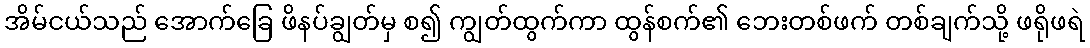
အိမ်ငယ်သည် အောက်ခြေ ဖိနပ်ချွတ်မှ စ၍ ကျွတ်ထွက်ကာ ထွန်စက်၏ ဘေးတစ်ဖက် တစ်ချက်သို့ ဖရိုဖရဲ